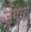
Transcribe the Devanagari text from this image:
जंग्या